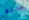
سيج